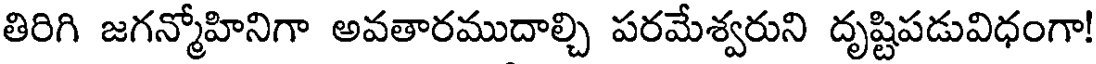
తిరిగి జగన్మోహినిగా అవతారముదాల్చి పరమేశ్వరుని దృష్టిపడువిధంగా